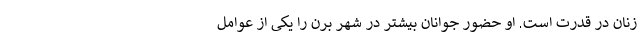
زنان در قدرت است. او حضور جوانان بیشتر در شهر برن را یکی از عوامل